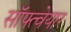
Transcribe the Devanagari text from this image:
सॉफ्त्वेयार